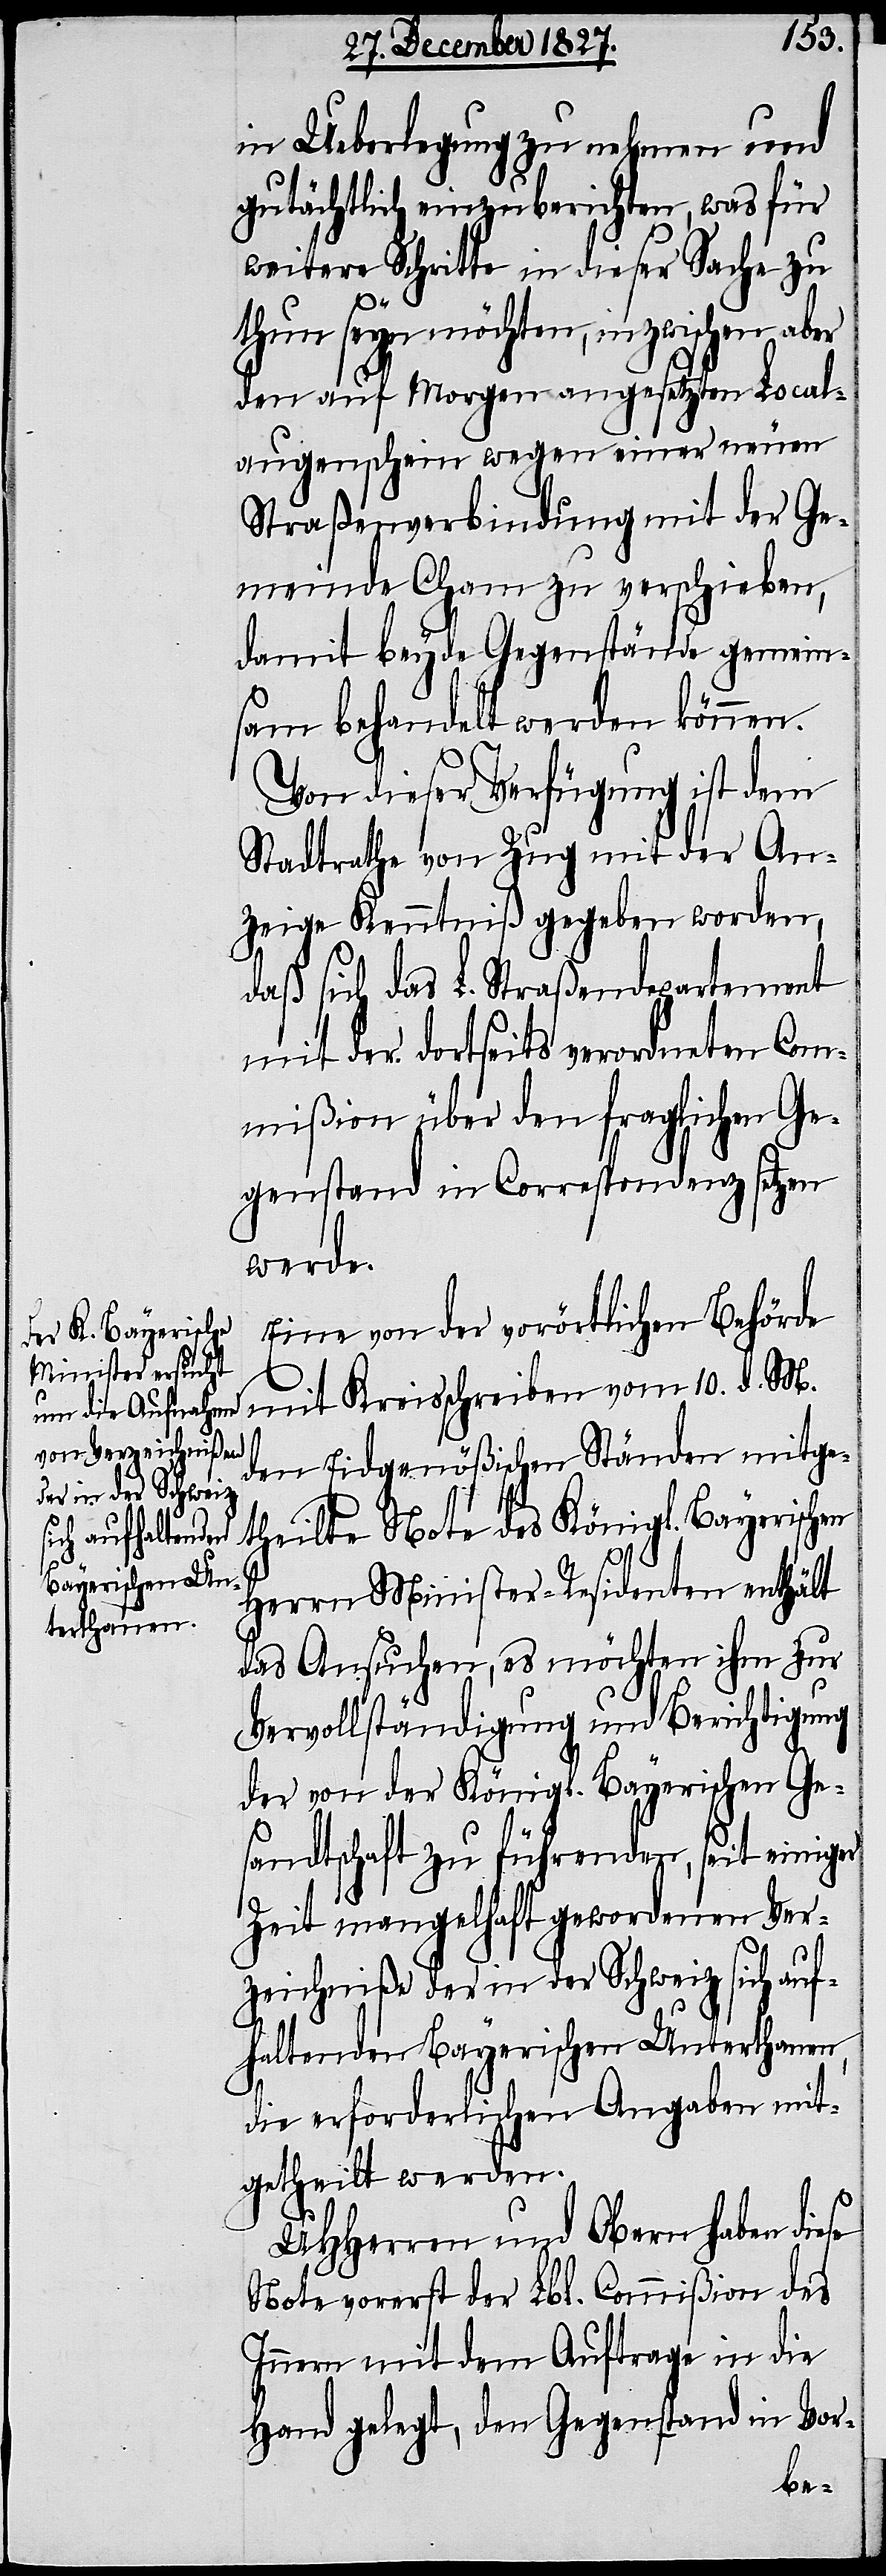
in Ueberlegung zu nehmen und
gutächtlich einzuberichten, was für
weitere Schritte in dieser Sache zu
thun seyn möchten, in zwischen aber
den auf Morgen angesetzten Local¬
augenschein wegen einer neuen
Straßenverbindung mit der Ge¬
meinde Cham zu verschieden,
damit beyde Gegenstände gemein¬
sam behandelt werden können.
Von dieser Verfügung ist dem
Stadtrathe von Zug mit der An¬
zeige Kenntniß gegeben worden,
daß sich das L. Straßendepartement
mit der dortseits verordneten Com¬
mißion über den fraglichen Ge¬
genstand in Correspondenz setzen
werde.
Eine von der vorörtlichen Behörde
mit Kreisschreiben vom 10. d. M.
den Eidgenößischen Ständen mitge¬
theilte Note des Königl. Bayerischen
Herrn Minister-Residenten enthält
das Ansuchen, es möchten ihm zur
Vervollständigung und Berichtigung
der von der Königl. Bayerischen Ge¬
sandtschaft zu führenden, seit einiger
Zeit mangelhaft gewordenen Ver¬
zeichniße der in der Schweiz sich auf¬
haltenden Bayerischen Unterthanen,
die erforderlichen Angaben mit¬
getheilt werden.
UHHerren und Obern haben diese
Note vorerst der Lbl. Commißion des
Innern mit dem Auftrage in die
Hand gelegt, den Gegenstand in Vor-